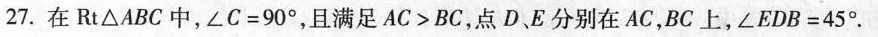
27.在Rt△ABC中，$$∠ C = 9 0 °$$，且满足AC>BC，点D、E分别在AC，BC上，$$∠ E D B = 4 5 °$$.